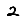
Digit: 2